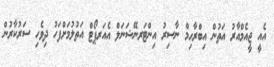
އެއީ ޖީއެމްއާރު އަތުން އިބްރާހިމް ނާސިރު އިންޓަރނޭޝަނަލް އެއަރޕޯޓް އަތުލުމަށްފަހު ދިވެހި ސަރުކާރުން